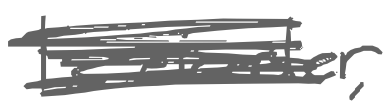
Text: Leicester,
Cross-out: scratch
Writing tool: digital_gray